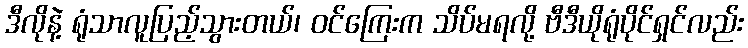
ဒီလိုနဲ့ ရုံသာလူပြည့်သွားတယ်၊ ဝင်ကြေးက သိပ်မရလို့ ဗီဒီယိုရုံပိုင်ရှင်လည်း